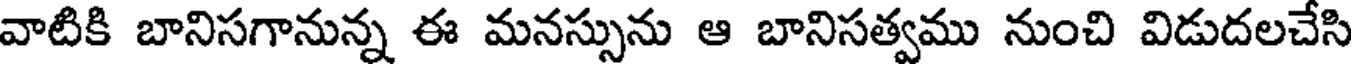
వాటికి బానిసగానున్న ఈ మనస్సును ఆ బానిసత్వము నుంచి విడుదలచేసి